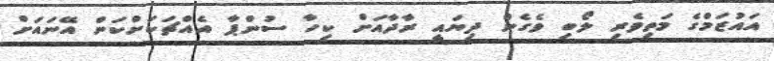
އައުޒަމްގެ މަތިވެރި ލޯބި ވެގެން ދިޔައީ ރާދާއަށް ކިހާ ސުންޕާ އެއްޗަކަށްކަން އޭނައަށް